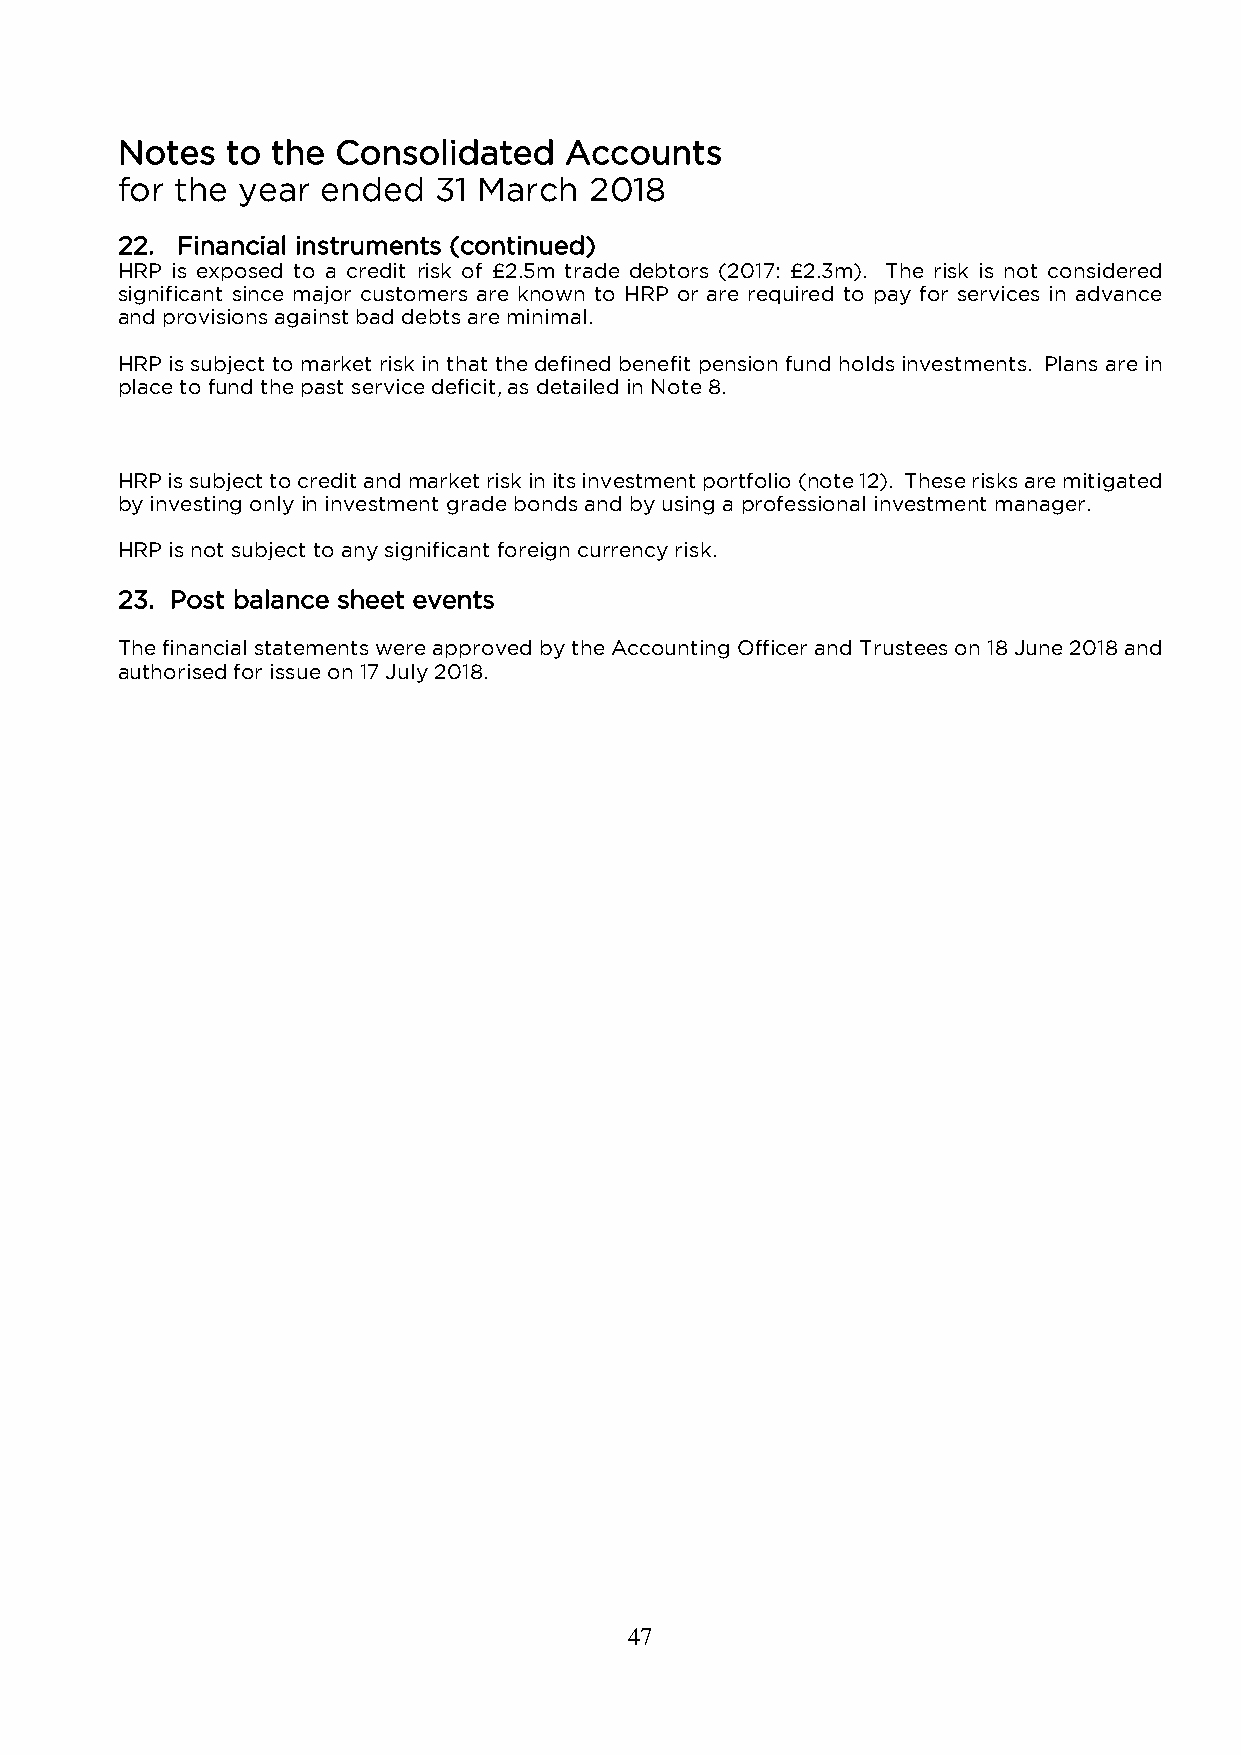
Notes  to the Consolidated   Accounts
 for the year ended   31 March  2018
 22. Financial instruments (continued)
 HRP is exposed to a credit risk of £2.5m trade debtors (2017: £2.3m). The risk is not considered
 significant since major customers are known to HRP or are required to pay for services in advance
 and provisions against bad debts are minimal.
 HRP is subject to market risk in that the defined benefit pension fund holds investments. Plans are in
 place to fund the past service deficit, as detailed in Note 8.
 HRP is subject to credit and market risk in its investment portfolio (note 12). These risks are mitigated
 by investing only in investment grade bonds and by using a professional investment manager.
 HRP is not subject to any significant foreign currency risk.
 23. Post balance sheet events
 The financial statements were approved by the Accounting Officer and Trustees on 18 June 2018 and
 authorised for issue on 17 July 2018.
 47